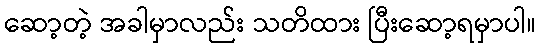
ဆော့တဲ့ အခါမှာလည်း သတိထား ပြီးဆော့ရမှာပါ။